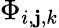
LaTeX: \Phi_{i,\mathbf{j},k}